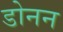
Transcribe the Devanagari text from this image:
डोनन